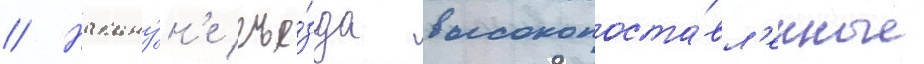
// Накану́н'е съе́зда высокопоста́вл'енные